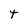
Character: T